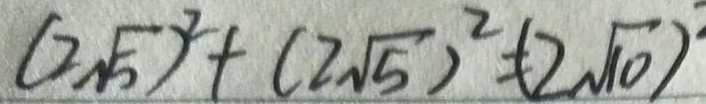
( 2 \sqrt { 5 } ) ^ { 2 } + ( 2 \sqrt { 5 } ) ^ { 2 } = ( 2 \sqrt { 1 0 } ) ^ { 2 }